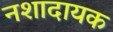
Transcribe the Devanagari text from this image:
नशादायक